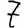
Digit: 7